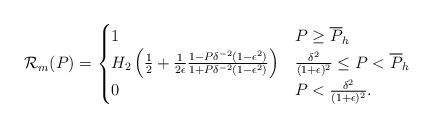
LaTeX: \begin{align*}\mathcal{R}_m(P) = \begin{cases}1& P\geq \overline{P}_h\\ H_2\left( \frac{1}{2} + \frac{1}{2 \epsilon} \frac{1 - P\delta^{-2}(1-\epsilon ^2)}{1 + P\delta^{-2}(1-\epsilon ^2)}\right) &\frac{\delta^2}{(1+\epsilon)^2}\leq P<\overline{P}_h\\0 & P<\frac{\delta^2}{(1+\epsilon)^2}.\end{cases} \end{align*}